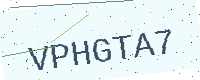
Text: VPHGTA7